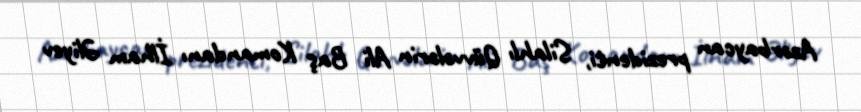
Azərbaycan prezidenti, Silahlı Qüvvələrin Ali Baş Komandanı İlham Əliyev